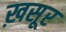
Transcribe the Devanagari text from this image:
ख़सूर